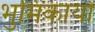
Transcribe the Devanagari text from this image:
भुमिकायों